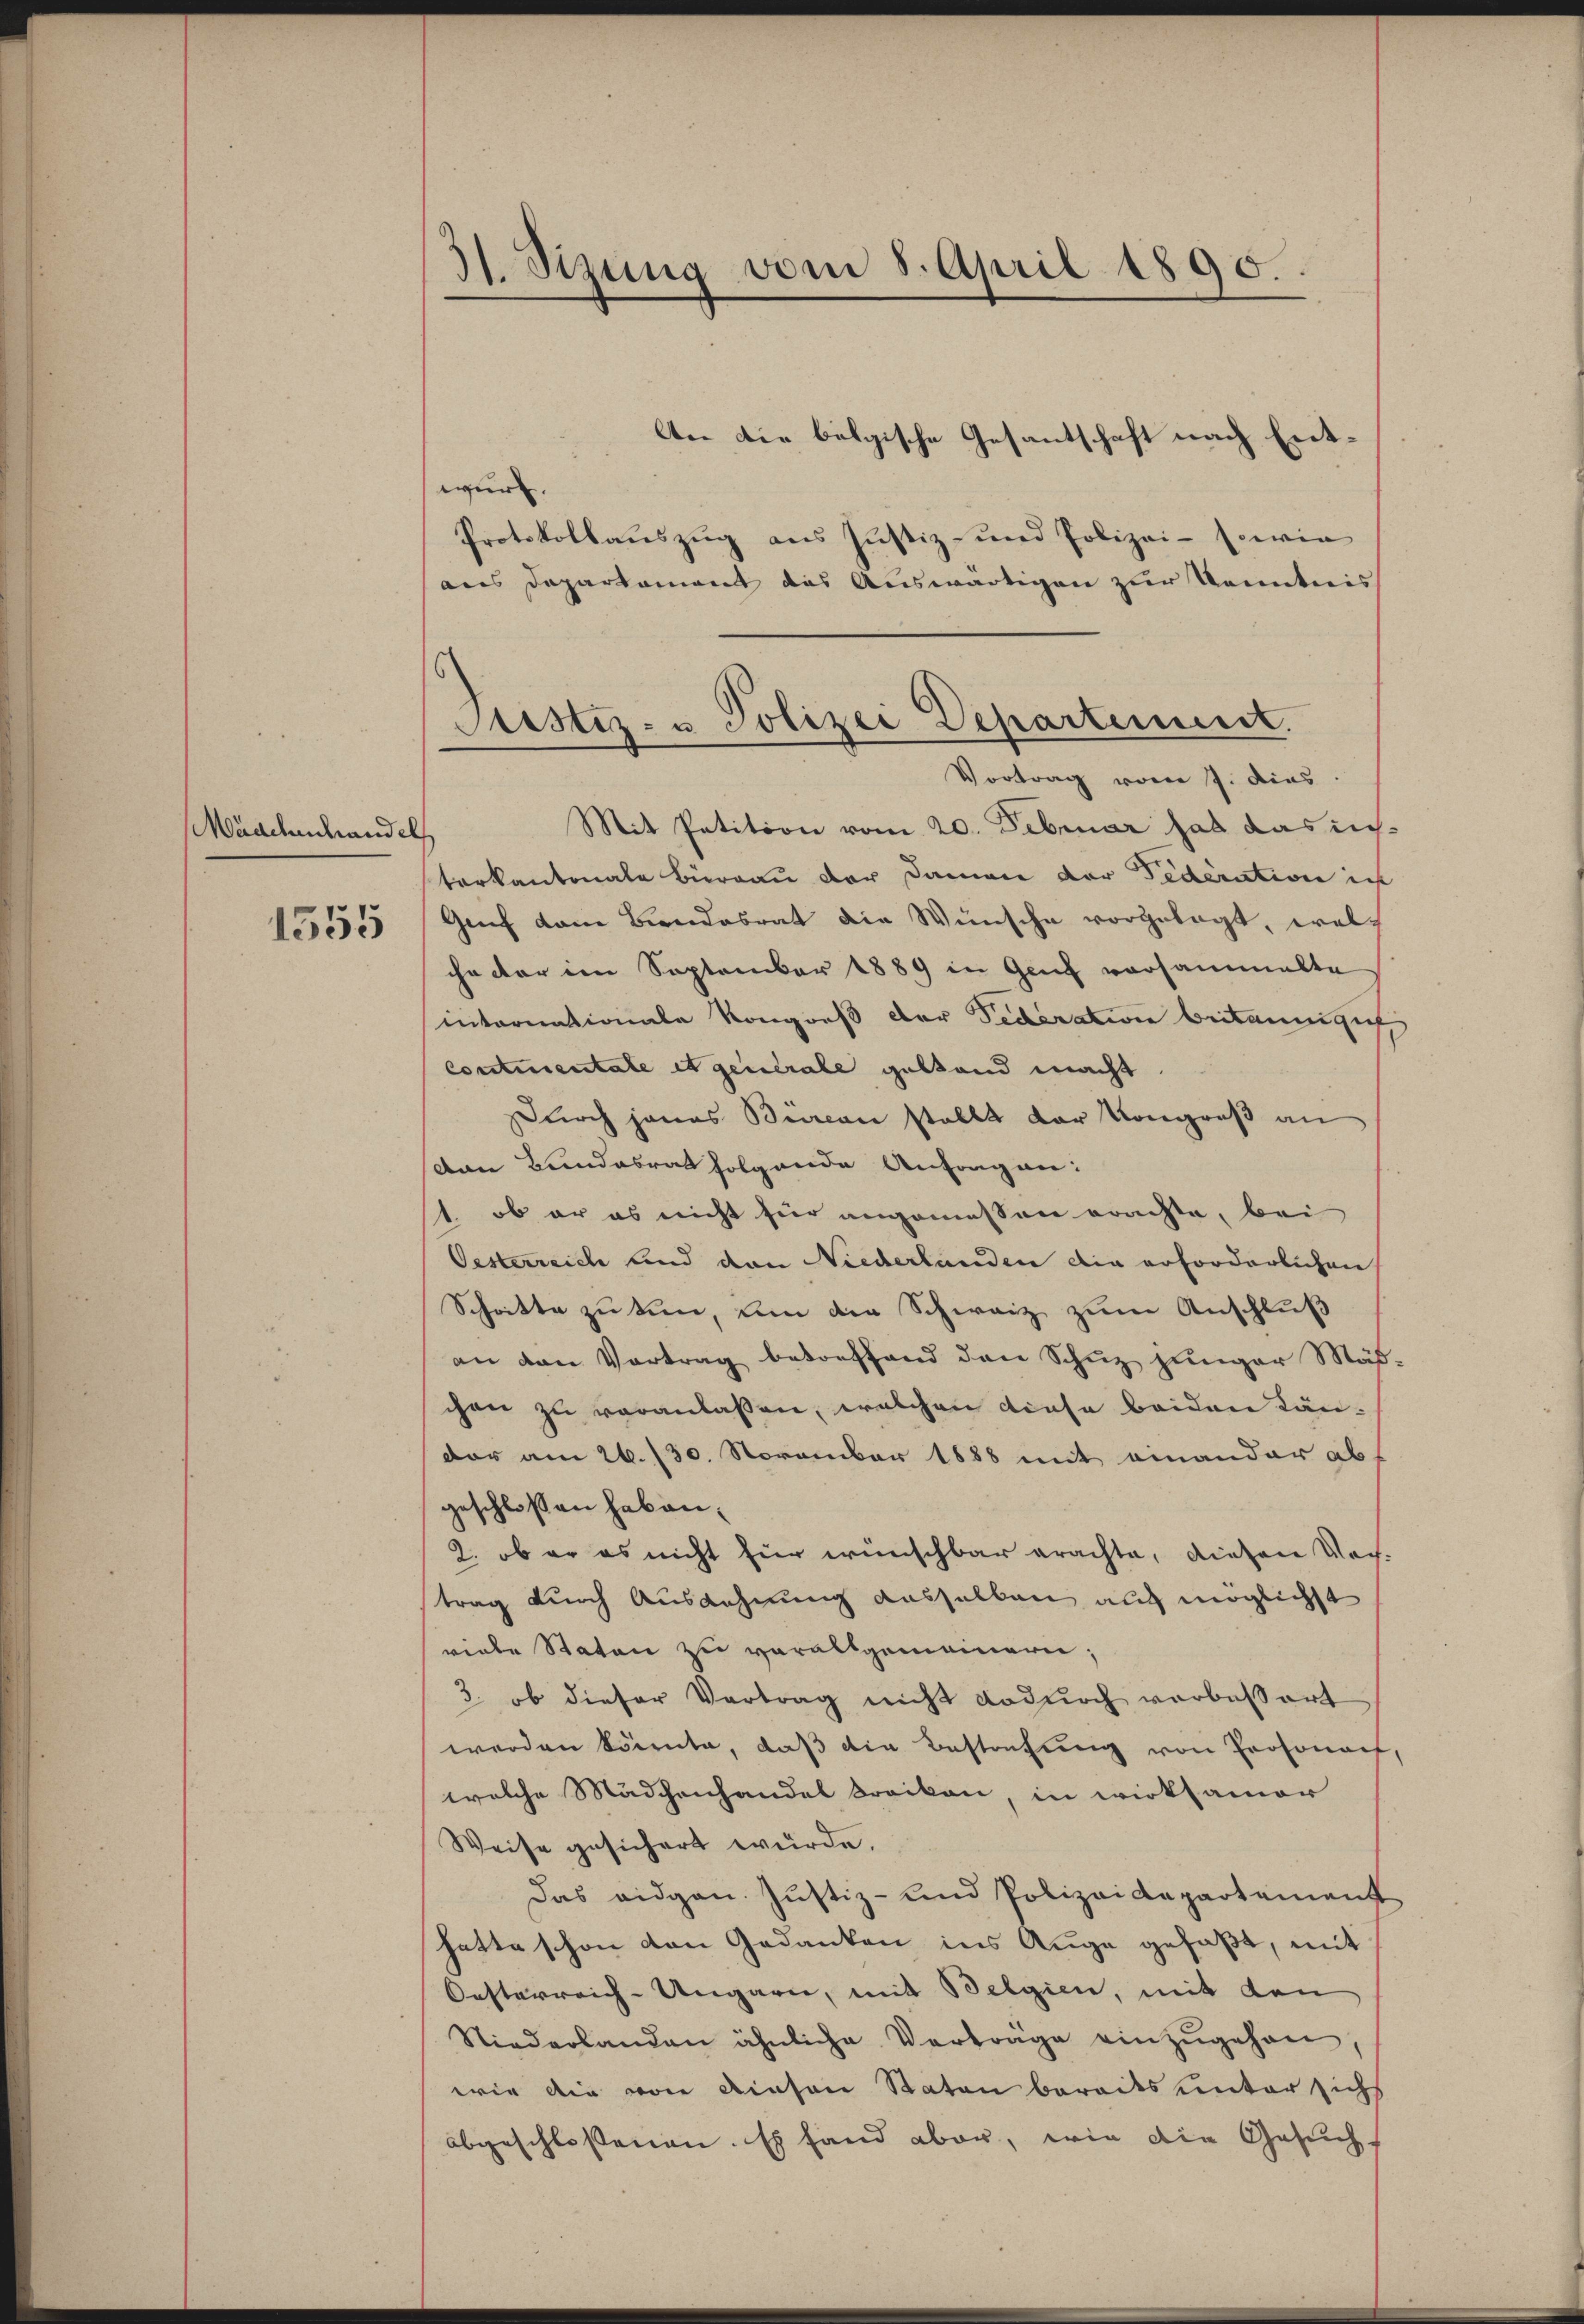
Mädchenhandel

1555

31. Sizung vom 8. April 1890.

An die belgische Gesantschaft nach Entwurf.
Protokollauszug aus Justiz- und Polizei- sowie
aus Departament das Auswärtigen zur Kenntnis
Mit Petition vom 20. Februar hat das in
terkantonale Büreau der Damen der Federatione ich
Genf dem Beendesrat die Wünsche vorgelegt, welcha der im September 1889 in Genf vorsammelte
internationale Kongreß der Federation beitannigf
Contientate et generale geltend macht
Durch jenes Büreau stellt der Kongreß an
von Bundesrat folgende Anfragen:
1. ob er es nicht für angemessen erachte, bei
Oesterreich und den Niederlanden die erforderlichen
Schritte zu tun, um die Schweiz zum Anschluß
an den Vortrag betreffend den Schuz junger Mäß
chen zu veranlassen, welchen diese beiden Ländar am 26. 130. November 1888 mit einander ab
geschlossen haben.
2. ob er es nicht hier wünschbar erachte, diesen Ver-
trag durch Ausdehnung dasselben auch möglichst
viele Staten zu verallgemeinern;
3. ob dieser Vertrag nicht dadurch verbessert
werden könnte, daß die Bestrafung von Prosonach
welche Mädchenhandel Dreikan, in wirksamer
Weise gesichert würde.
Das eidgen. Justiz- und Polizeidepartement
hatte schon von Gedanken ins Auge gefaßt, mit
Oesterreich-Ungarn, mit Belgien, mit den
Niederlanden ähnliche Verträge einzŭgehen,
wie die von diesen Staten bereits unter sichs
abgeschlossenen. Es fand aber, wie die Gesuch¬

Justiz- u Polizei Departement.
Vortrag vom 7. dies